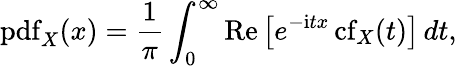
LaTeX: \operatorname{pdf}_{X}(x)=\frac{1}{\pi}\int_{0}^{\infty}{\operatorname{Re}\left[e^{-\mathrm{i}tx}\operatorname{cf}_{X}(t)\right]}\, dt,